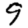
Digit: 9